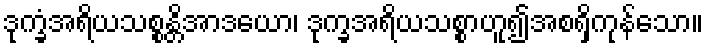
ဒုက္ခံအရိယသစ္စန္တိအာဒယော၊ ဒုက္ခအရိယသစ္စာဟူ၍အစရှိကုန်သော။